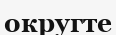
округте